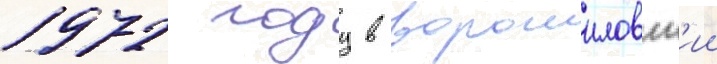
1972 году в ворошиловск'ии